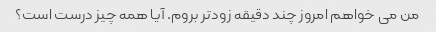
من می خواهم امروز چند دقیقه زودتر بروم. آیا همه چیز درست است؟